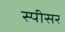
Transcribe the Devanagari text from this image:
स्पीसर